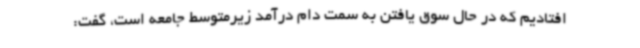
افتادیم که در حال سوق یافتن به سمت دام درآمد زیرمتوسط جامعه است، گفت: